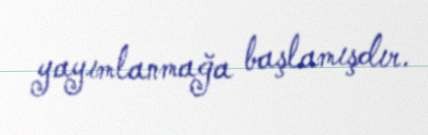
yayımlanmağa başlamışdır.